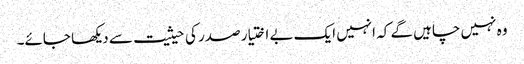
وہ نہیں چاہیں گے کہ انہیں ایک بے اختیار صدر کی حیثیت سے دیکھا جائے۔